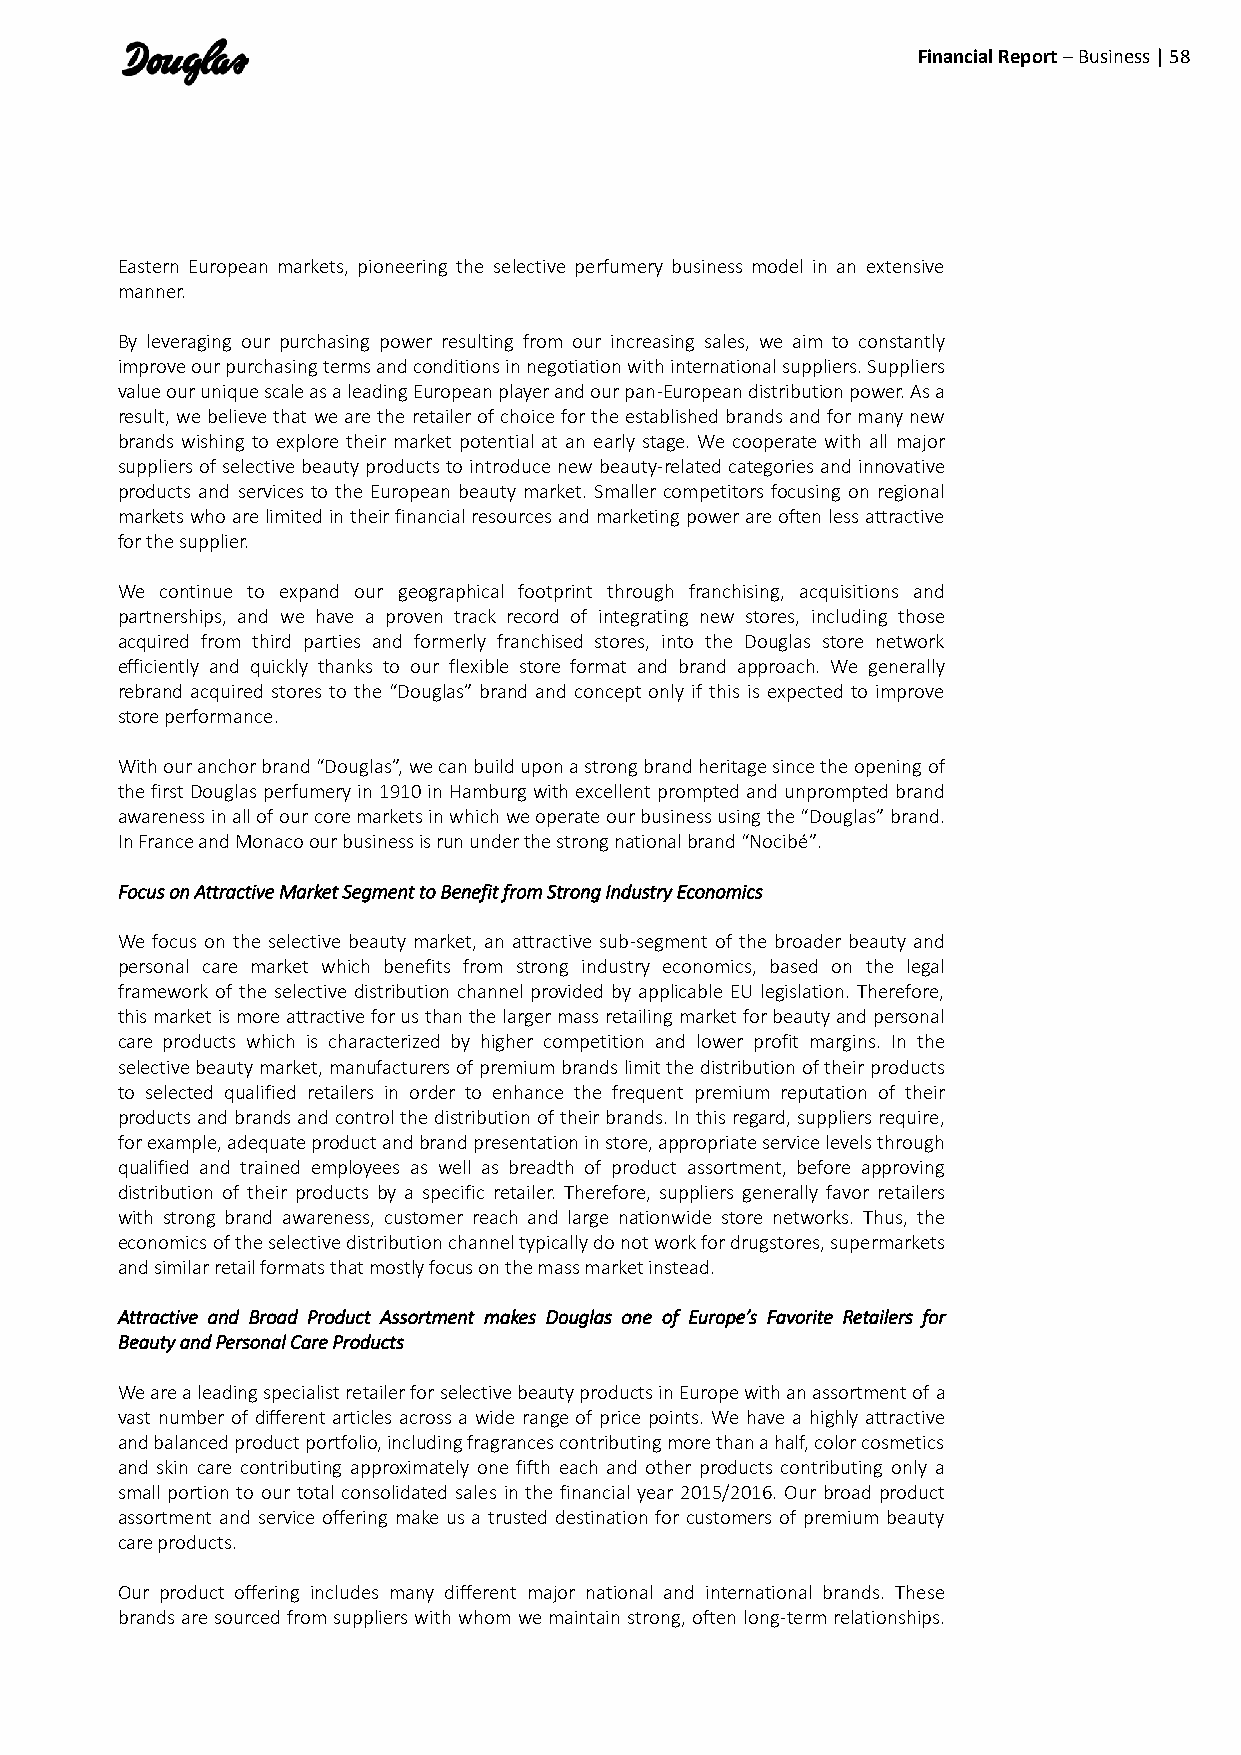
Financial Report – Business | 58
 Eastern European markets, pioneering the selective perfumery business model in an extensive
 manner.
 By leveraging our purchasing power resulting from our increasing sales, we aim to constantly
 improve our purchasing terms and conditions in negotiation with international suppliers. Suppliers
 value our unique scale as a leading European player and our pan-European distribution power. As a
 result, we believe that we are the retailer of choice for the established brands and for many new
 brands wishing to explore their market potential at an early stage. We cooperate with all major
 suppliers of selective beauty products to introduce new beauty-related categories and innovative
 products and services to the European beauty market. Smaller competitors focusing on regional
 markets who are limited in their financial resources and marketing power are often less attractive
 for the supplier.
 We continue to expand our geographical footprint through franchising, acquisitions and
 partnerships, and we have a proven track record of integrating new stores, including those
 acquired from third parties and formerly franchised stores, into the Douglas store network
 efficiently and quickly thanks to our flexible store format and brand approach. We generally
 rebrand acquired stores to the “Douglas” brand and concept only if this is expected to improve
 store performance.
 With our anchor brand “Douglas”, we can build upon a strong brand heritage since the opening of
 the first Douglas perfumery in 1910 in Hamburg with excellent prompted and unprompted brand
 awareness in all of our core markets in which we operate our business using the “Douglas” brand.
 In France and Monaco our business is run under the strong national brand “Nocibé”.
 Focus on Attractive Market Segment to Benefit from Strong Industry Economics
 We focus on the selective beauty market, an attractive sub-segment of the broader beauty and
 personal care market which benefits from strong industry economics, based on the legal
 framework of the selective distribution channel provided by applicable EU legislation. Therefore,
 this market is more attractive for us than the larger mass retailing market for beauty and personal
 care products which is characterized by higher competition and lower profit margins. In the
 selective beauty market, manufacturers of premium brands limit the distribution of their products
 to selected qualified retailers in order to enhance the frequent premium reputation of their
 products and brands and control the distribution of their brands. In this regard, suppliers require,
 for example, adequate product and brand presentation in store, appropriate service levels through
 qualified and trained employees as well as breadth of product assortment, before approving
 distribution of their products by a specific retailer. Therefore, suppliers generally favor retailers
 with strong brand awareness, customer reach and large nationwide store networks. Thus, the
 economics of the selective distribution channel typically do not work for drugstores, supermarkets
 and similar retail formats that mostly focus on the mass market instead.
 Attractive and Broad Product Assortment makes Douglas one of Europe’s Favorite Retailers for
 Beauty and Personal Care Products
 We are a leading specialist retailer for selective beauty products in Europe with an assortment of a
 vast number of different articles across a wide range of price points. We have a highly attractive
 and balanced product portfolio, including fragrances contributing more than a half, color cosmetics
 and skin care contributing approximately one fifth each and other products contributing only a
 small portion to our total consolidated sales in the financial year 2015/2016. Our broad product
 assortment and service offering make us a trusted destination for customers of premium beauty
 care products.
 Our product offering includes many different major national and international brands. These
 brands are sourced from suppliers with whom we maintain strong, often long-term relationships.